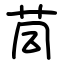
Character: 茼